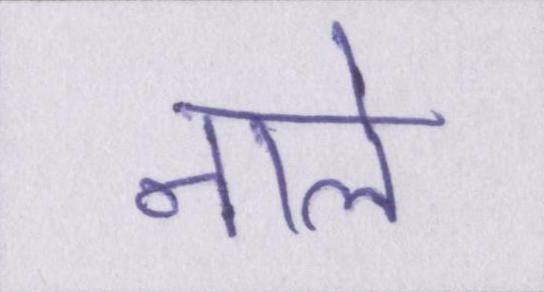
नाले